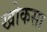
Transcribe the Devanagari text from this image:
खोकसा